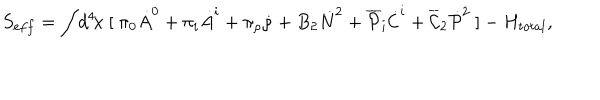
LaTeX: S _ { e f f } = \int \! d ^ { 4 } \! x ~ [ ~ \pi _ { 0 } \dot { A } ^ { 0 } + \pi _ { i } \dot { A } ^ { i } + \pi _ { \rho } \dot { \rho } + B _ { 2 } \dot { N } ^ { 2 } + \overline { { { \cal P } } } _ { i } \dot { \cal C } ^ { i } + \overline { { { \cal C } } } _ { 2 } \dot { \cal P } ^ { 2 } ~ ] - H _ { t o t a l } ,